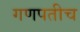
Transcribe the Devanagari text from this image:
गणपतीच